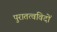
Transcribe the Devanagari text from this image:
पुरातत्‍वविदों